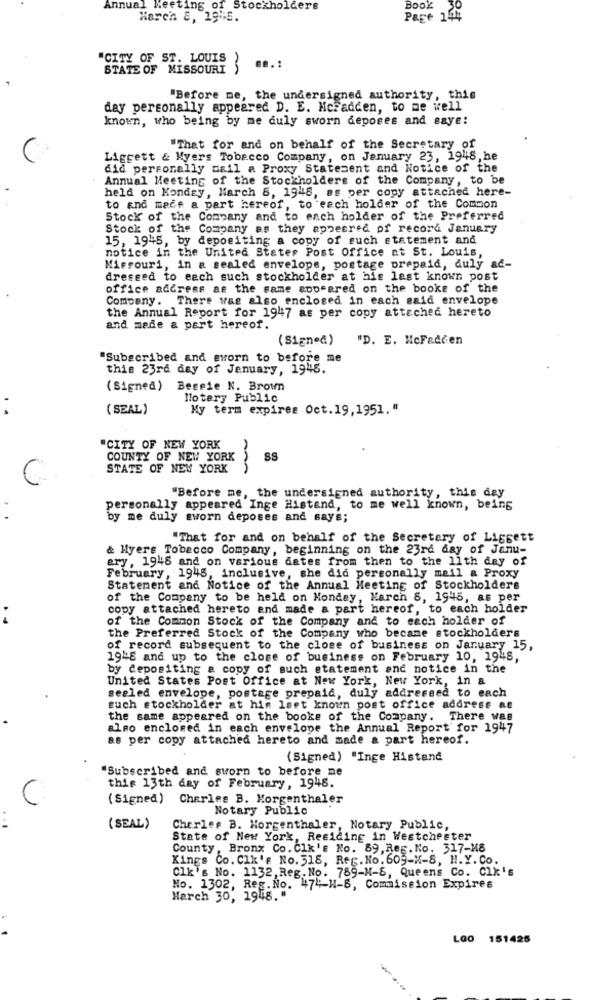
Annual Meeting of Stockholders
Book
Harch 8, 29 -6.
Page 15%
"CITY OF ST. LOUIS
STATE OF MISSOURI S
"Before me, the undersigned authority, this
day personally appeared D. E. McFadden, to me well
known, who being by me duly sworn deposes and eaye:
"That for and on behalf of the Secretary of
Liggett & Myers Tobacco Company, on January 23, 1948, he
did personally mail a Proxy Statesent and Notice of the
Annual Meeting of the Stockholders of the Company, to be
held on Monday, March 8, 1948, as per copy attached here-
to and mece a part hereof, to each holder of the Common
Stock of the Company and to each holder of the Preferred
Stock of the Company as they appeared of record January
15, 1945, by depositing a copy of such statement and
notice in the United States Post Office at St. Louis,
Missouri, in a sealed envelope, postage prepaid, duly ad-
dressed to each such stockholder at his lest known post
office address as the same appeared on the books of the
Company. There was also enclosed in each said envelope
the Annual Report for 1947 as per copy attached hereto
and mede & part hereof.
(Signed)
"D. E. HcFadden
Subscribed and sworn to before me
this 23rd day of Jenuary, 1945.
( Signed )
Bessie N. Brown
lotery Public
..
( SEAL)
My term expires Oct. 19,1951."
"CITY OF NEW YORK
COUNTY OF NEW YORK
SS
STATE OF NEW YORK
AAA
"Before me, the undersigned authority, this day
personally appeared Inge Histand, to me well known, being
by me duly sworn deposes and says;
"That for and on behalf of the Secretary of Ligsett
& Hyers Tobacco Company, beginning on the 23rd day of Janu-
ery, 1948 and on various dates from then to the 11th dey of
February, 1945, inclusive, she did personally mail & Proxy
Statement and Notice of the Annual Meeting of Stockholders
of the Company to be held on Monday, Karch 8, 1945, as per
copy attached hereto and made a part hereof, to each holder
..
of the Common Stock of the Company and to each holder of
the Preferred Stock of the Company who became stockholders
of record subsequent to the close of business on January 15,
1948 and up to the close of business on February 10, 1948,
by depositing & copy of such statement and notice in the
United States Post Office at New York, New York, in a
sealed envelope, postage prepaid, duly addressed to each
Euch stockholder at hin laet known post office address ae
the same appeared on the booke of the Company. There was
also enclosed in each envelope the Annual Report for 1947
as per copy attached hereto and made a part hereof.
(Signed) "Inge Histand
"Subscribed and sworn to before ne
this 13th day of February, 1945.
C
(Signed) Charles B. Morgenthaler
Notary Public
(SEAL)
Charles B. Morgenthaler, Notary Public,
State of New York, Residing in Westchester
County, Bronx Co. Clk's No. 89, Reg. No. 317-M8
Kings Co. Clk'e No. 318, Reg. No. 609-K-8, H.Y. Co.
Clk's No. 1132, Reg. No. 789-H-S, Queens Co. Clk's
No. 1302, Reg. No. 47"-H-8, Commission Expires
March 30, 1948. "
LOO 151425